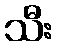
သီး